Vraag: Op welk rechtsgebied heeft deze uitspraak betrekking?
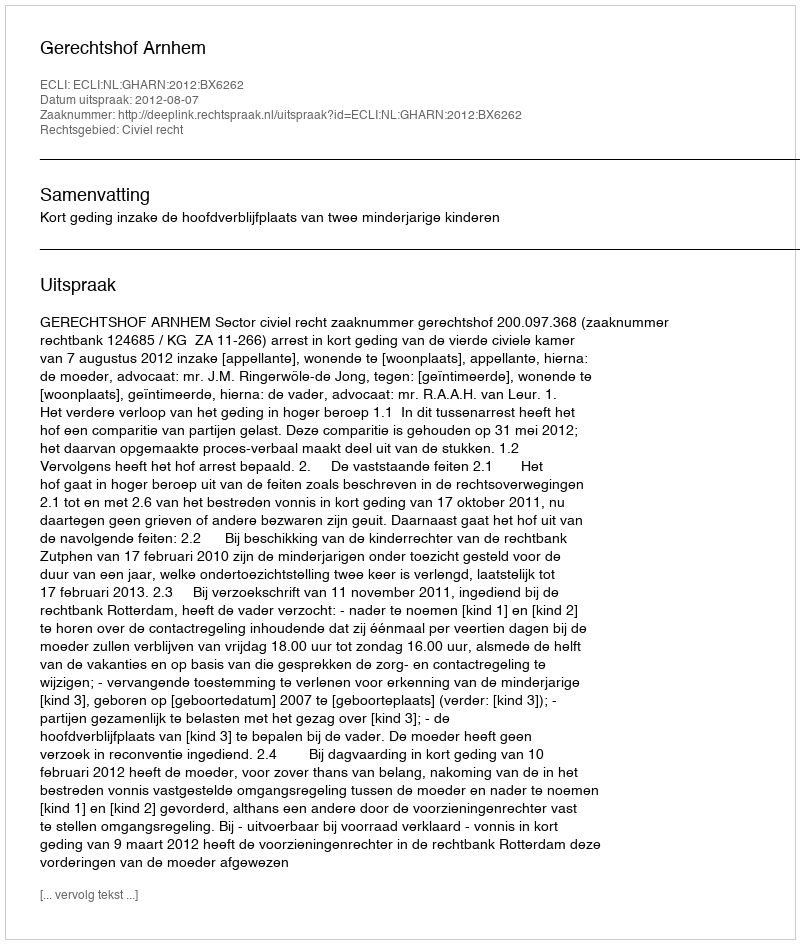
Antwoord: Civiel recht